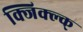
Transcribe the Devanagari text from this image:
क्जिक्ल्क्